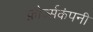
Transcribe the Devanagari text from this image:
फ़ोर्ब्सकंपनी